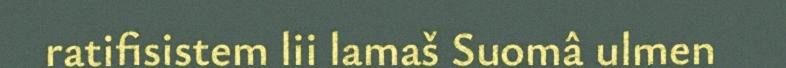
ratifisistem lii lamaš Suomâ ulmen